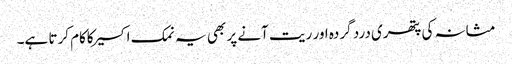
مثانہ کی پتھری درد گردہ اور ریت آنے پر بھی یہ نمک اکسیرکاکام کرتا ہے۔